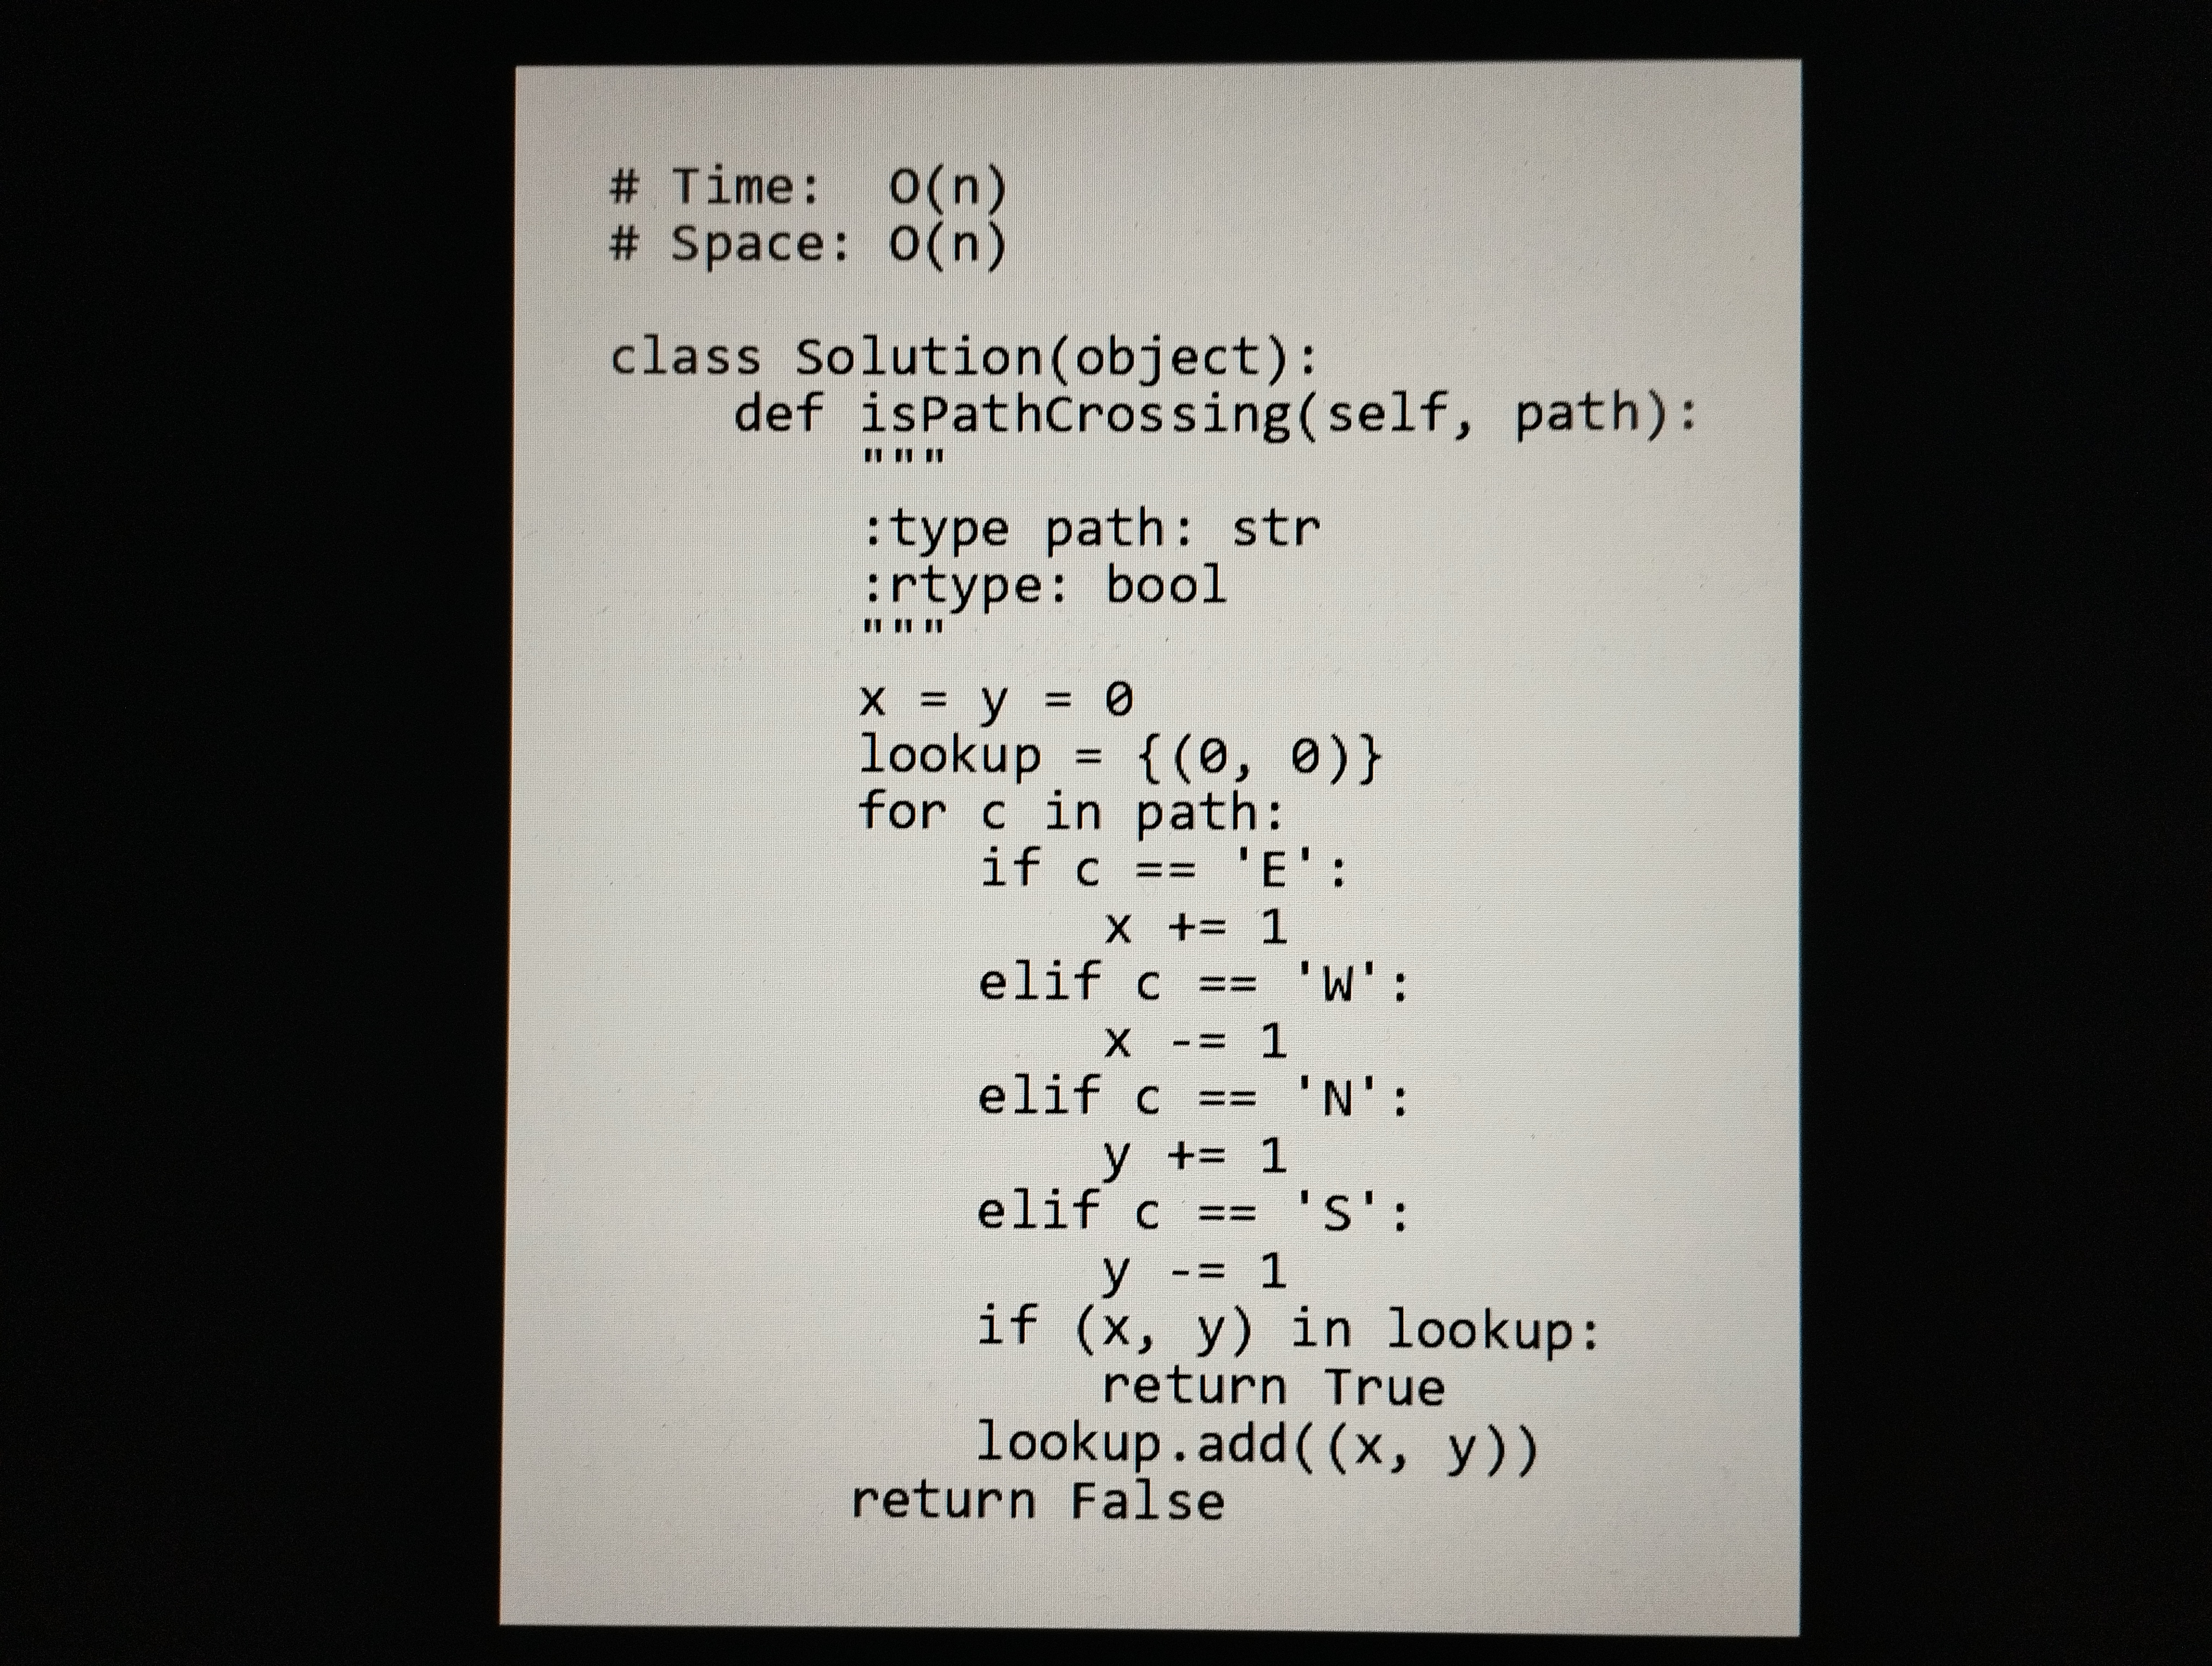
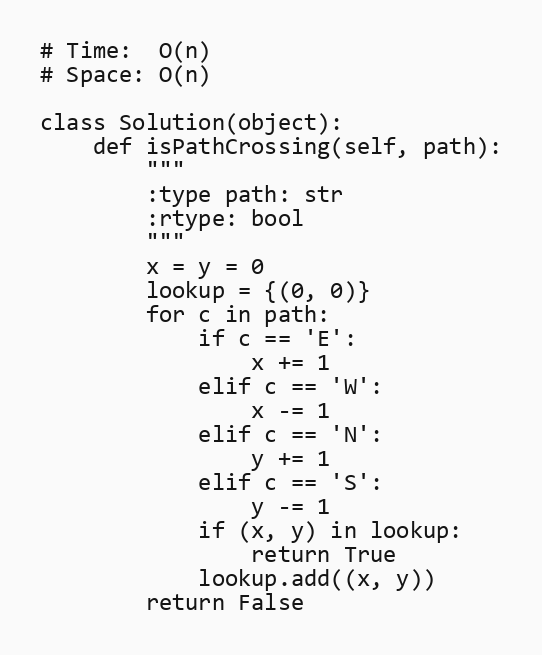
# Time:  O(n)
# Space: O(n)

class Solution(object):
    def isPathCrossing(self, path):
        """
        :type path: str
        :rtype: bool
        """
        x = y = 0
        lookup = {(0, 0)}
        for c in path:
            if c == 'E':
                x += 1
            elif c == 'W':
                x -= 1
            elif c == 'N':
                y += 1
            elif c == 'S':
                y -= 1
            if (x, y) in lookup:
                return True
            lookup.add((x, y))
        return False